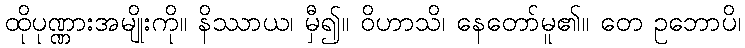
ထိုပုဏ္ဏားအမျိုးကို။ နိဿာယ၊ မှီ၍။ ဝိဟာသိ၊ နေတော်မူ၏။ တေ ဥဘောပိ၊